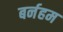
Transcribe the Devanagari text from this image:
बर्नहम